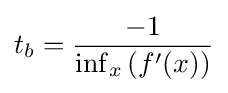
t_{b}={\frac {-1}{\inf _{x}\left(f^{\prime }(x)\right)}}